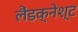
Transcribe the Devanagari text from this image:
लैंडक्नेश्ट